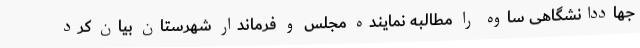
جهاددانشگاهی ساوه را مطالبه نماینده مجلس و فرماندار شهرستان بیان کرد